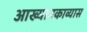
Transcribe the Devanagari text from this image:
आख्यानकाव्यास